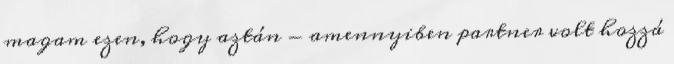
magam ezen, hogy aztán - amennyiben partner volt hozzá